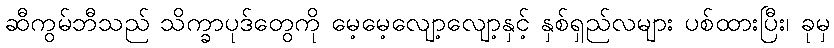
ဆီကွမ်ဘီသည် သိက္ခာပုဒ်တွေကို မေ့မေ့လျော့လျော့နှင့် နှစ်ရှည်လများ ပစ်ထားပြီး၊ ခုမှ